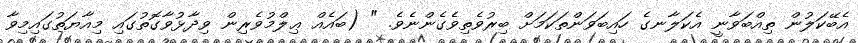
އެބޭކަލުން ތިއްބަވާނީ އެކަލާނގެ ހައިބަވަންތަކަމަށް ބިރުވެތިވެގެންނެވެ. " (ބައެއް ޢިލްމުވެރިން ވިދާޅުވާގޮތުގައި މިއާޔަތުގައިމިވާ